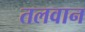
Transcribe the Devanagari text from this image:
तलवान